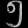
Digit: ၅